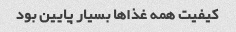
کیفیت همه غذاها بسیار پایین بود